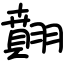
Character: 翸